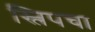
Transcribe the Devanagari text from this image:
स्लिपचा